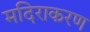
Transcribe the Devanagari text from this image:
मदिराकरण